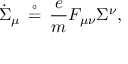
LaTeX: { \dot { \Sigma } } _ { \mu } \, \stackrel { \circ } { = } \, { \frac { e } { m } } F _ { \mu \nu } \Sigma ^ { \nu } ,